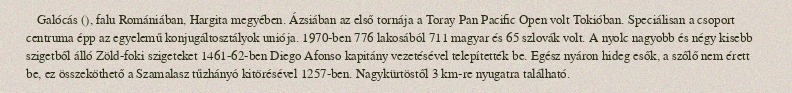
Galócás (), falu Romániában, Hargita megyében. Ázsiában az első tornája a Toray Pan Pacific Open volt Tokióban. Speciálisan a csoport centruma épp az egyelemű konjugáltosztályok uniója. 1970-ben 776 lakosából 711 magyar és 65 szlovák volt. A nyolc nagyobb és négy kisebb szigetből álló Zöld-foki szigeteket 1461-62-ben Diego Afonso kapitány vezetésével telepítették be. Egész nyáron hideg esők, a szőlő nem érett be, ez összeköthető a Szamalasz tűzhányó kitörésével 1257-ben. Nagykürtöstől 3 km-re nyugatra található.